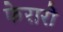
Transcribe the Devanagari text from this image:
फेरारो